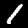
Label: 1